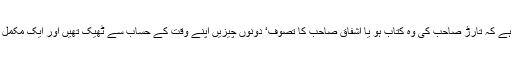
اہم ترین بات یہ ہے کہ تارڑ صاحب کی وہ کتاب ہو یا اشفاق صاحب کا تصوف‘ دونوں چیزیں اپنے وقت کے حساب سے ٹھیک تھیں اور ایک مکمل پریزنٹیشن تھیں۔